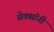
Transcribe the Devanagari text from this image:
सेक्सॉनी